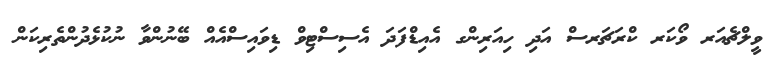
ވީލްޗެއަރ ވޯކަރ ކްރަޗަރސް އަދި ހިއަރިންގ އެއިޑްފަދަ އެސިސްޓިވް ޑިވައިސްއެއް ބޭނުންވާ ނުކުޅެދުންތެރިކަން